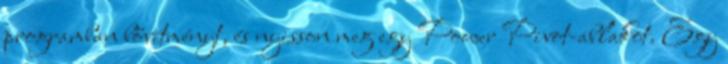
programban bővítményt, és nyisson meg egy Power Pivot-ablakot. Egy